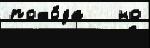
похо́да   но